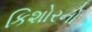
કિશોરનો